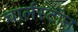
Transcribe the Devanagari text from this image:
चार्लस्टॉन